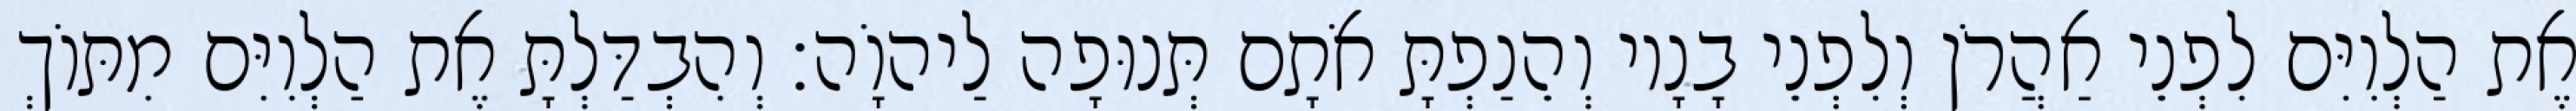
אֶת הַלְוִיִּם לִפְנֵי אַהֲרֹן וְלִפְנֵי בָנָיו וְהֵנַפְתָּ אֹתָם תְּנוּפָה לַיהוָֹה׃ וְהִבְדַּלְתָּ אֶת הַלְוִיִּם מִתּוֹךְ